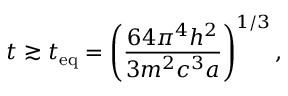
t \gtrsim t _ { \mathrm { e q } } = \left( \frac { 6 4 \pi ^ { 4 } h ^ { 2 } } { 3 m ^ { 2 } c ^ { 3 } a } \right) ^ { 1 / 3 } ,